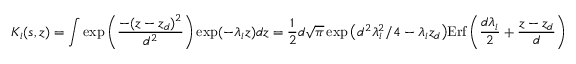
K _ { i } ( s , z ) = \int \exp \bigg ( \displaystyle \frac { - ( z - z _ { d } ) ^ { 2 } } { d ^ { 2 } } \bigg ) \exp ( - \lambda _ { i } z ) d z = \frac { 1 } { 2 } d \sqrt { \pi } \exp \big ( d ^ { 2 } \lambda _ { i } ^ { 2 } / 4 - \lambda _ { i } z _ { d } \big ) \mathrm { E r f } \, { \bigg ( \frac { d \lambda _ { i } } { 2 } + \frac { z - z _ { d } } { d } \bigg ) }